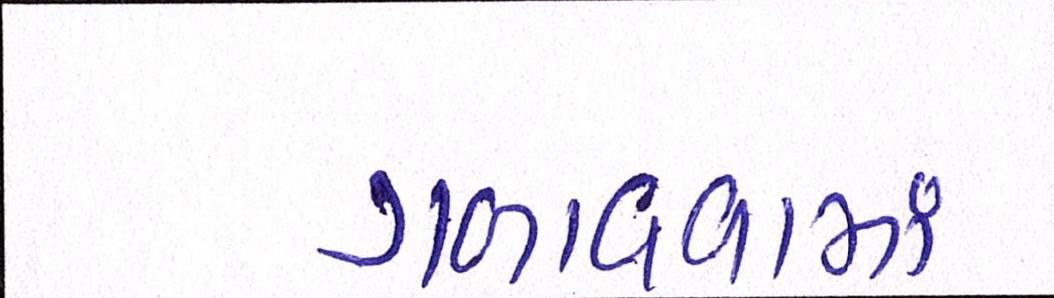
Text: ગળાવવામાં